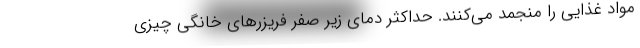
مواد غذایی را منجمد می‌کنند. حداکثر دمای زیر صفر فریزرهای خانگی چیزی